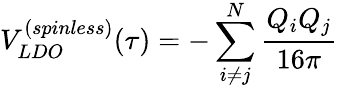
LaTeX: V_{LDO}^{(spinless)}(\tau)=-\sum_{i\neq j}^{N}{\frac{Q_{i}Q_{j}}{16\pi}}